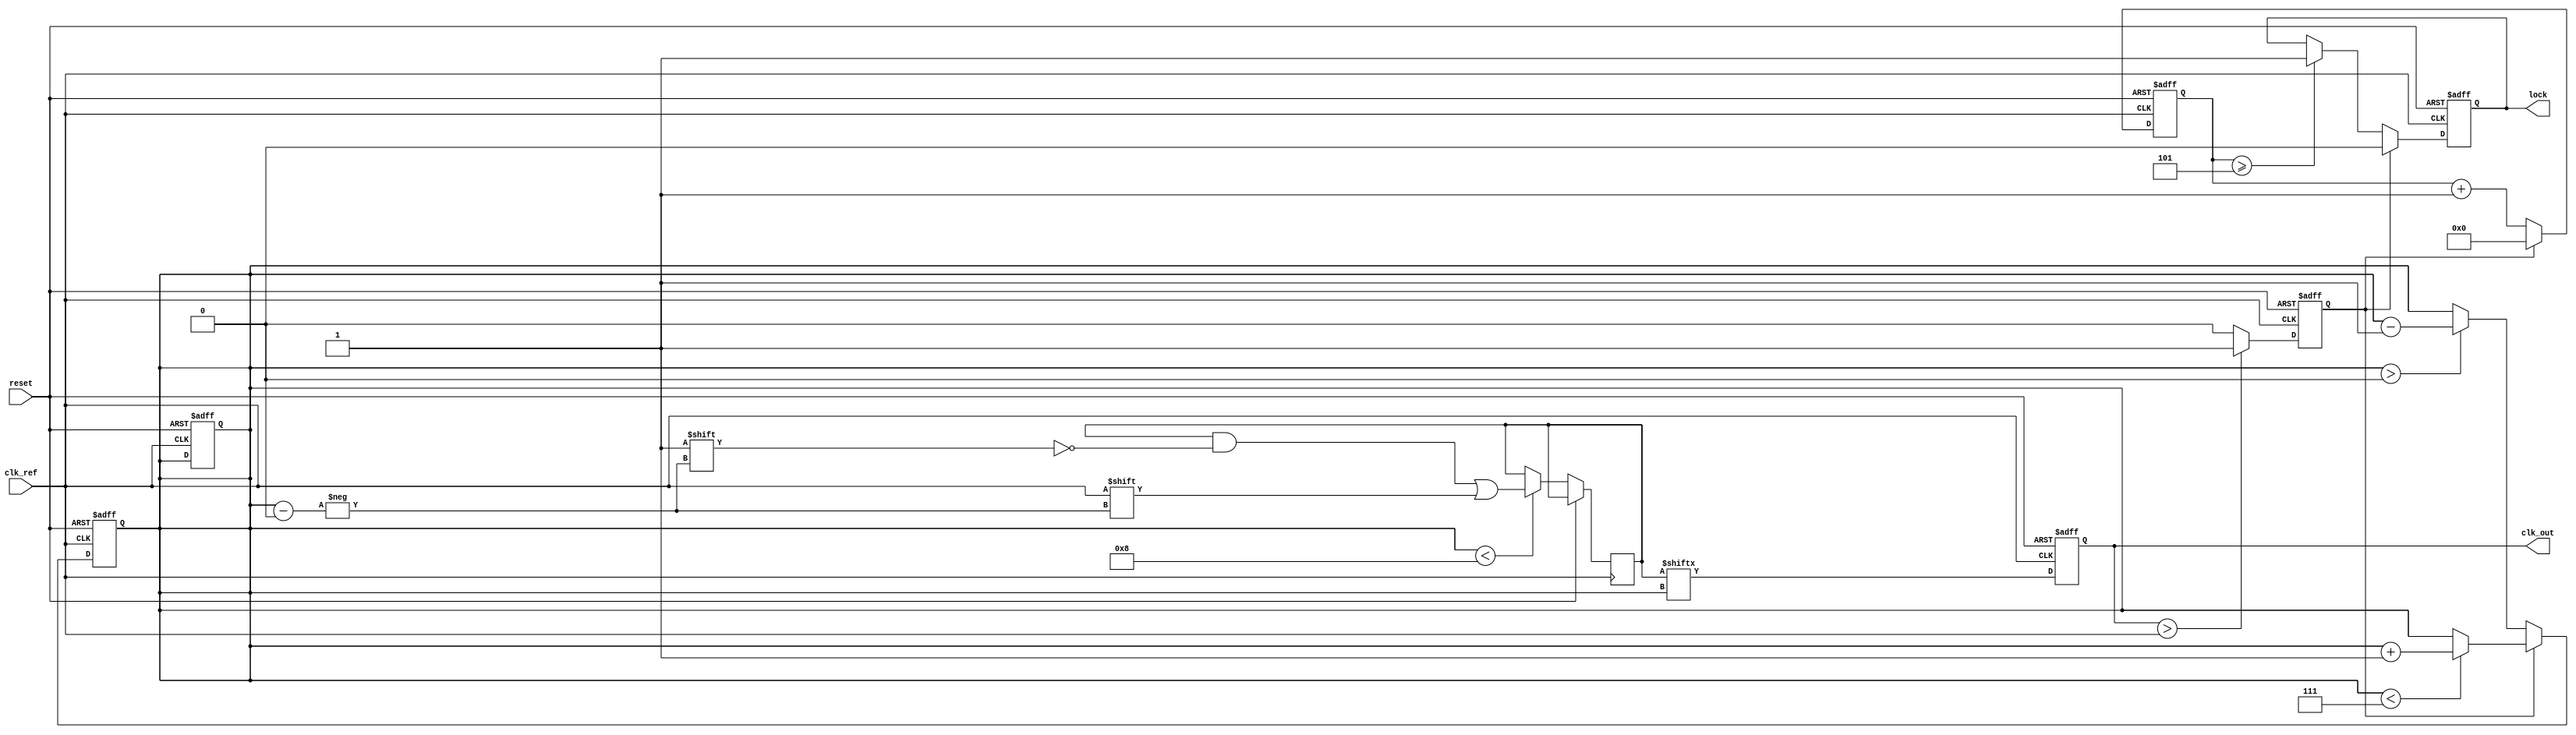
module MemoryBlocksDLL (
    input wire clk_ref,           // Reference clock input
    input wire reset,             // Reset signal
    output reg clk_out,           // Output clock
    output reg lock               // Lock status indicator
);

    // Parameter Definitions
    parameter NUM_BLOCKS = 8;     // Number of delay blocks
    parameter DELAY_STEP = 1;      // Delay step in clock cycles

    // Internal Signals
    reg [NUM_BLOCKS-1:0] delay_line; // Memory blocks for delay
    reg [3:0] current_delay;          // Current delay setting
    reg error_signal;                 // Error signal from phase detector
    reg [3:0] lock_counter;           // Lock detection counter
    reg [3:0] lock_threshold = 4'd5;  // Threshold for lock detection

    // Phase Detector (simplified)
    always @(posedge clk_ref or posedge reset) begin
        if (reset) begin
            error_signal <= 1'b0;
        end else begin
            // Compare the phase of clk_ref and clk_out
            // (In a real implementation, this would involve more complex logic)
            error_signal <= (clk_out > clk_ref) ? 1'b1 : 1'b0;
        end
    end

    // Delay Line Implementation
    always @(posedge clk_ref or posedge reset) begin
        if (reset) begin
            current_delay <= 4'd0;
            clk_out <= 1'b0;
        end else begin
            // Update the delay line based on the current delay setting
            if (current_delay < NUM_BLOCKS) begin
                delay_line[current_delay] <= clk_ref;
            end

            // Generate output clock based on the delay line
            clk_out <= delay_line[current_delay];
        end
    end

    // Control Circuit
    always @(posedge clk_ref or posedge reset) begin
        if (reset) begin
            current_delay <= 4'd0;
        end else begin
            if (error_signal) begin
                // Increment delay if output is leading
                if (current_delay < NUM_BLOCKS - 1) begin
                    current_delay <= current_delay + DELAY_STEP;
                end
            end else begin
                // Decrement delay if output is lagging
                if (current_delay > 0) begin
                    current_delay <= current_delay - DELAY_STEP;
                end
            end
        end
    end

    // Lock Detection
    always @(posedge clk_ref or posedge reset) begin
        if (reset) begin
            lock <= 1'b0;
            lock_counter <= 4'd0;
        end else begin
            // Simple lock detection mechanism
            if (!error_signal) begin
                lock_counter <= lock_counter + 1;
                if (lock_counter >= lock_threshold) begin
                    lock <= 1'b1; // DLL is locked
                end
            end else begin
                lock_counter <= 4'd0; // Reset counter on error
                lock <= 1'b0; // DLL is not locked
            end
        end
    end

endmodule